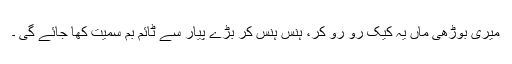
میری بوڑھی ماں یہ کیک رو رو کر، ہنس ہنس کر بڑے پیار سے ٹائم بم سمیت کھا جائے گی ۔